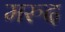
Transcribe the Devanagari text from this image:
मरुद